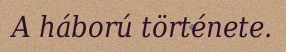
A háború története.